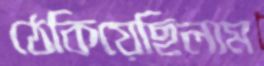
ঠেকিয়েছিলাম